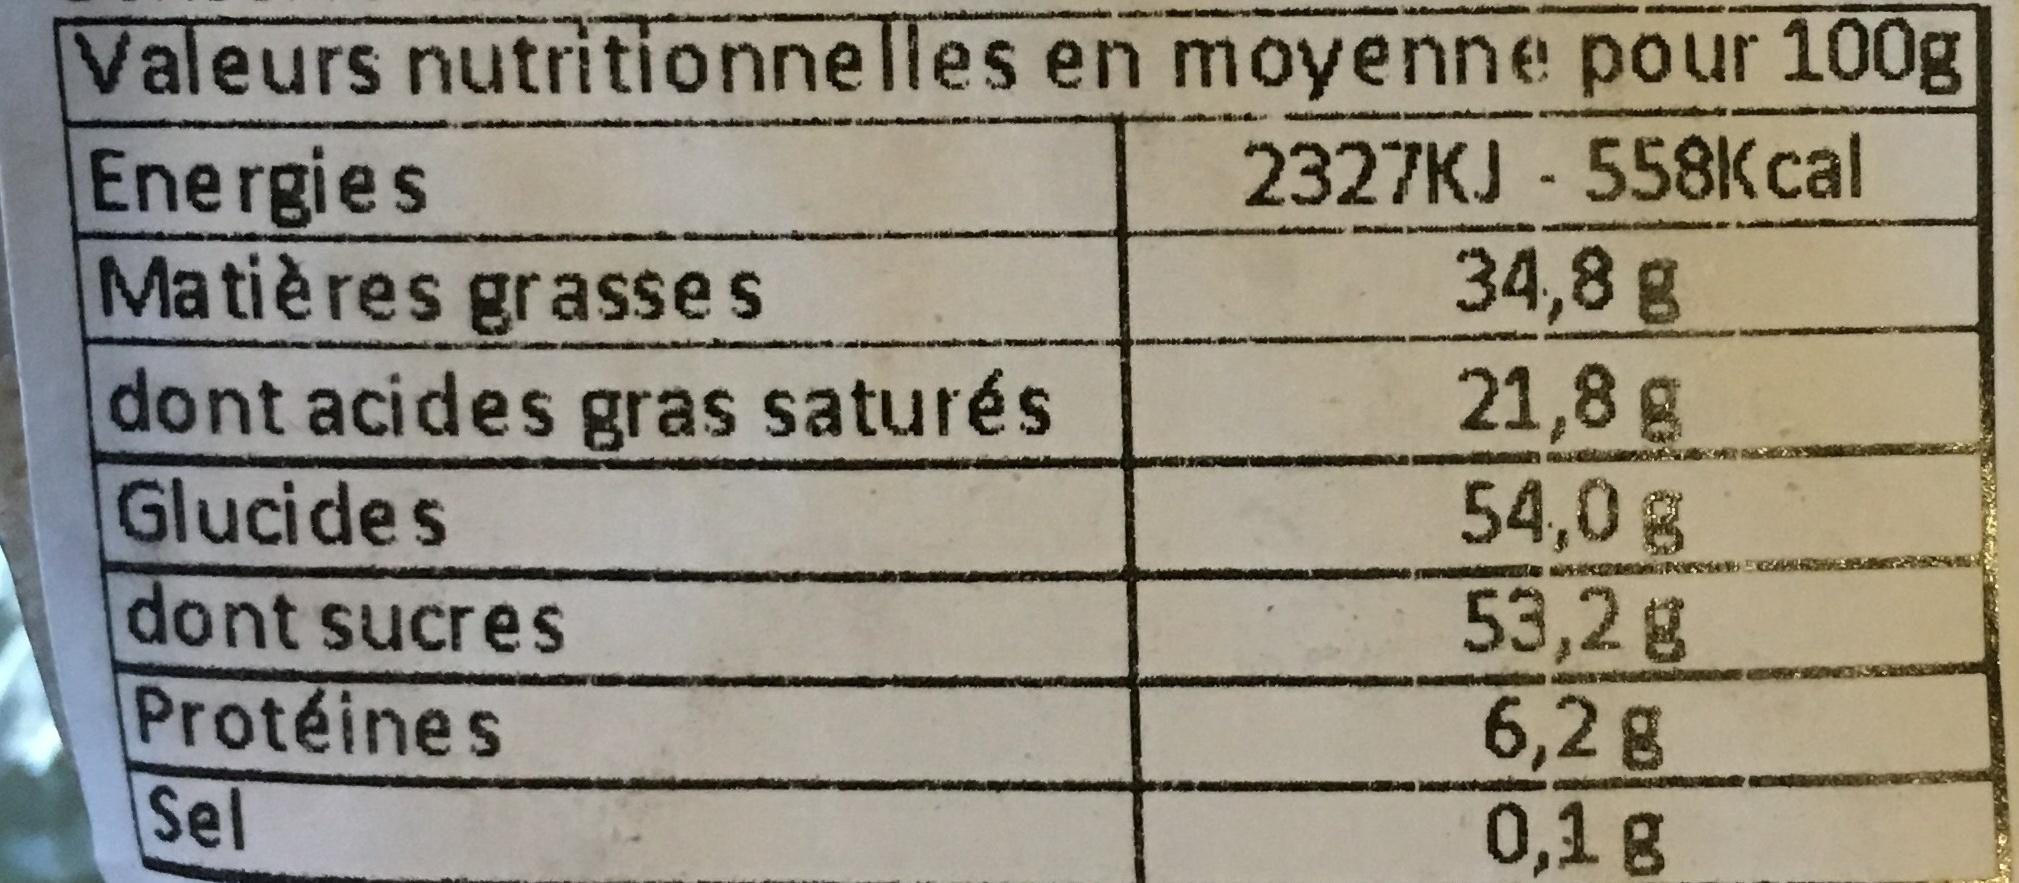
Valeurs nutritionnelles en moyenne pour 100g
2327KJ - 558Kcal 34,8 g
21,8 g
54,0 g
53,2 g
6,2 g
0,1 g
Energies
Matières grasses
dont acides gras saturés
Glucides
dont sucres
Protéines
Sel